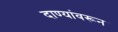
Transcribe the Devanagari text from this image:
दाण्यांवरून